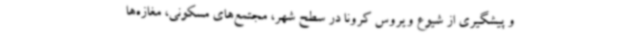
و پیشگیری از شیوع ویروس کرونا در سطح شهر، مجتمع‌های مسکونی، مغازه‌ها